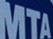
MTA